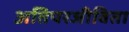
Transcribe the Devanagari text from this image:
अतिपरजीविता